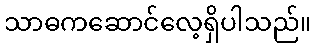
သာဓကဆောင်လေ့ရှိပါသည်။